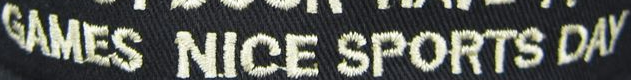
GAMES NICE SPOPTS DAY